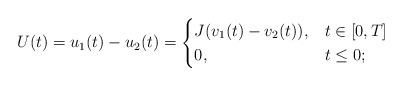
\begin{align*} U(t) = u_1(t) - u_2(t) = \begin{cases} J(v_1(t) - v_2(t)), & t \in [0,T] \\ 0, & t \le 0; \end{cases} \end{align*}